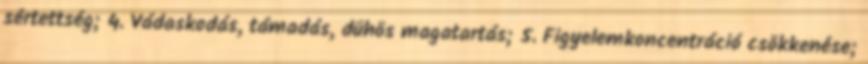
sértettség; 4. Vádaskodás, támadás, dühös magatartás; 5. Figyelemkoncentráció csökkenése;